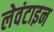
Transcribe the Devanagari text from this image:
लेवंटाइन